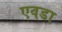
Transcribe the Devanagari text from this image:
एवडा